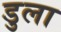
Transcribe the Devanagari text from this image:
डुला